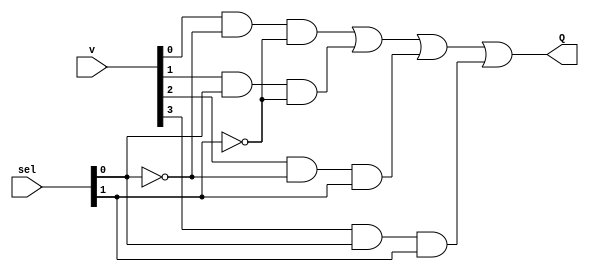
`timescale 1ns / 1ps
//////////////////////////////////////////////////////////////////////////////////
// Company: 
// Engineer: 
// 
// Design Name: 
// Module Name: Mux4to1_s
// Project Name: 
// Target Devices: 
// Tool Versions: 
// Description: 
// 
// Dependencies: 
// 
// Revision:
// Revision 0.01 - File Created
// Additional Comments:
// 
//////////////////////////////////////////////////////////////////////////////////


module Mux4to1_s(Q, v, sel);

    output Q; 

    input [3:0]v; 
    input [1:0]sel; 

    wire invS1, invS0;
    wire [3:0]Y; 

    not (invS0, sel[0]);
    not (invS1, sel[1]); 

    and (Y[0], v[0], invS0, invS1 );    
    and (Y[1], v[1], sel[0], invS1 );
    and (Y[2], v[2], invS0, sel[1]);
    and (Y[3], v[3], sel[0], sel[1]);

    or (Q, Y[0], Y[1], Y[2], Y[3]); 

    
endmodule